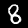
Label: 8